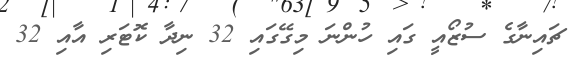
ޗައިނާގެ ސުޒޯއީ ގައި ހުންނަ މިގޭގައި 32 ނިދާ ކޮޓަރި އާއި 32